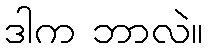
ဒါက ဘာလဲ။